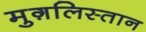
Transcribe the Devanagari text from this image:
मुग़लिस्तान